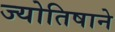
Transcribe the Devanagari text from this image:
ज्योतिषाने